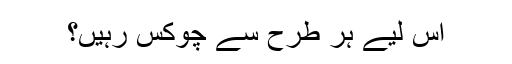
اس لیے ہر طرح سے چوکس رہیں؟